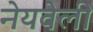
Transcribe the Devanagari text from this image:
नेयवेली